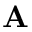
{ \bf A }